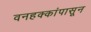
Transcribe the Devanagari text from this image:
वनहक्कांपासून